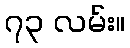
၇၃ လမ်း။